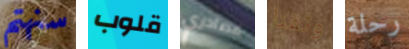
سنهتم قلوب مصادري وثقنا رحلة